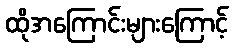
ထိုအကြောင်းများကြောင့်